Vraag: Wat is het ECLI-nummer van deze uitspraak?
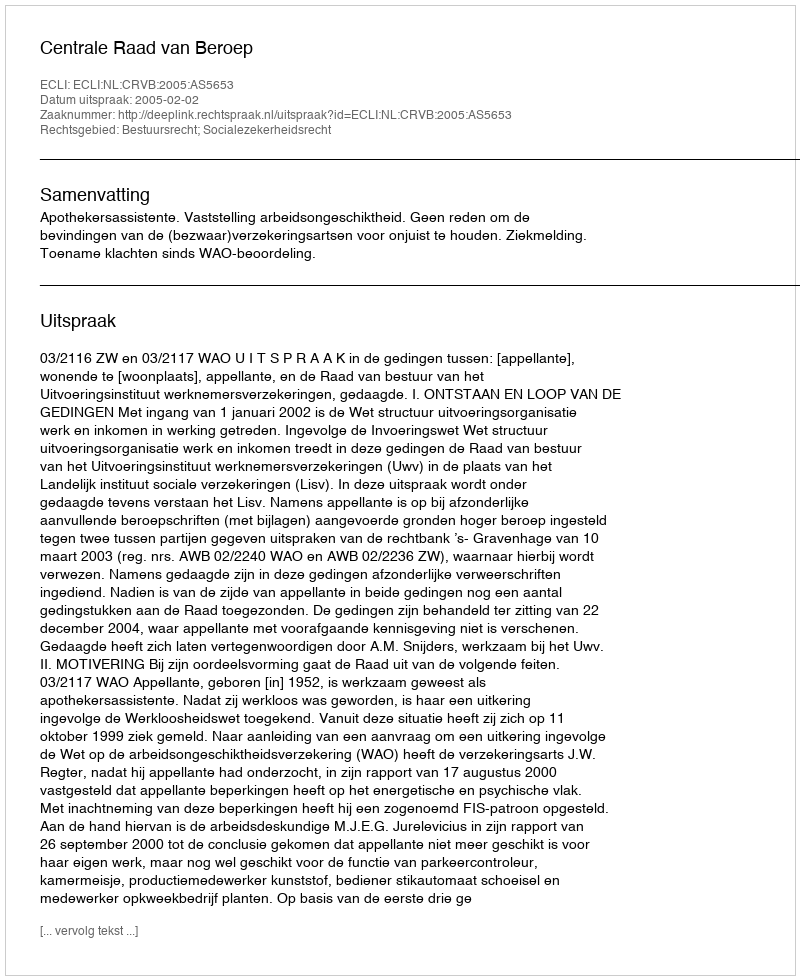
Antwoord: ECLI:NL:CRVB:2005:AS5653